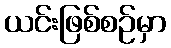
ယင်းဖြစ်စဉ်မှာ